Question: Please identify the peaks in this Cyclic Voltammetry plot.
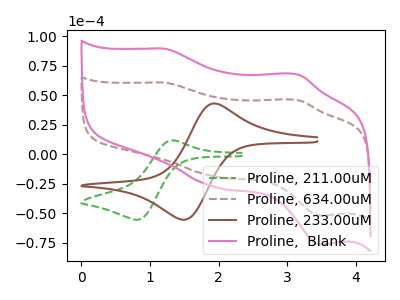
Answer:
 <answer>The green dashed curve "Proline, 211.00uM" has an anodic peak at (1.30V, 11.80uA) and a cathodic peak at (0.80V, -55.45uA). The brown dashed curve "Proline, 634.00uM" has anodic peaks at (1.20V, 60.70uA) (3.15V, 45.65uA) and cathodic peaks at (1.95V, -18.60uA) (3.50V, -51.90uA). The brown curve "Proline, 233.00uM" has an anodic peak at (1.90V, 43.00uA) and a cathodic peak at (1.50V, -55.45uA). The pink curve "Proline,  Blank" has anodic peaks at (1.20V, 89.40uA) (3.15V, 67.30uA) and cathodic peaks at (1.95V, -27.35uA) (3.50V, -76.50uA).</answer>
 <eval></eval>